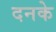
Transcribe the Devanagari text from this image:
दनके